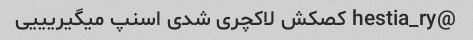
@hestia_ry کصکش لاکچری شدی اسنپ میگیریییی